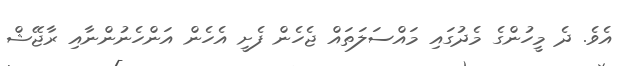
އެވެ. ދެ މީހުންގެ މެދުގައި މައްސަލަތައް ޖެހެން ފެށީ އެހެން އަންހެނުންނާއި ރާޖޭޝް